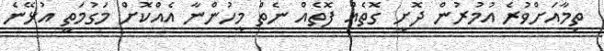
ތިމާއަށްވުރެ އުމުރުން ދޮށީ ގޮތެއް ފޮތެއް ނެތް މީހުންނާ އެއްކޮށް މަގުމަތީ އުޅޭނެ